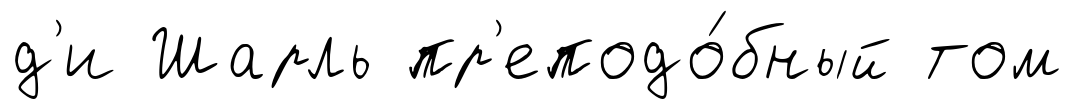
д'и Шарль пр'еподо́бный том